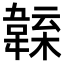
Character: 𩏁